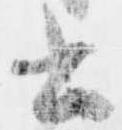
書